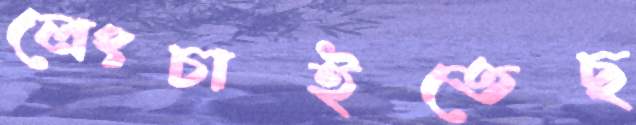
লেংচাইতেছ